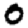
Digit: 0